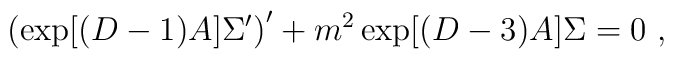
\left(\exp[(D-1)A]\Sigma^\prime\right)^\prime+m^2\exp[(D-3)A]\Sigma=0~,